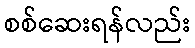
စစ်ဆေးရန်လည်း